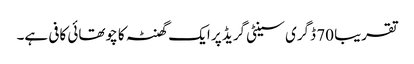
تقریبا 70 ڈگری سینٹی گریڈ پر ایک گھنٹہ کا چوتھائی کافی ہے۔